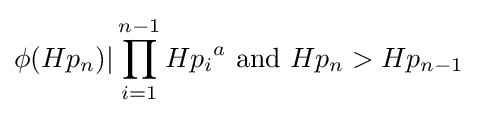
\phi (Hp_{n})|\prod _{i=1}^{n-1}{Hp_{i}}^{a}{\mbox{ and }}Hp_{n}>Hp_{n-1}